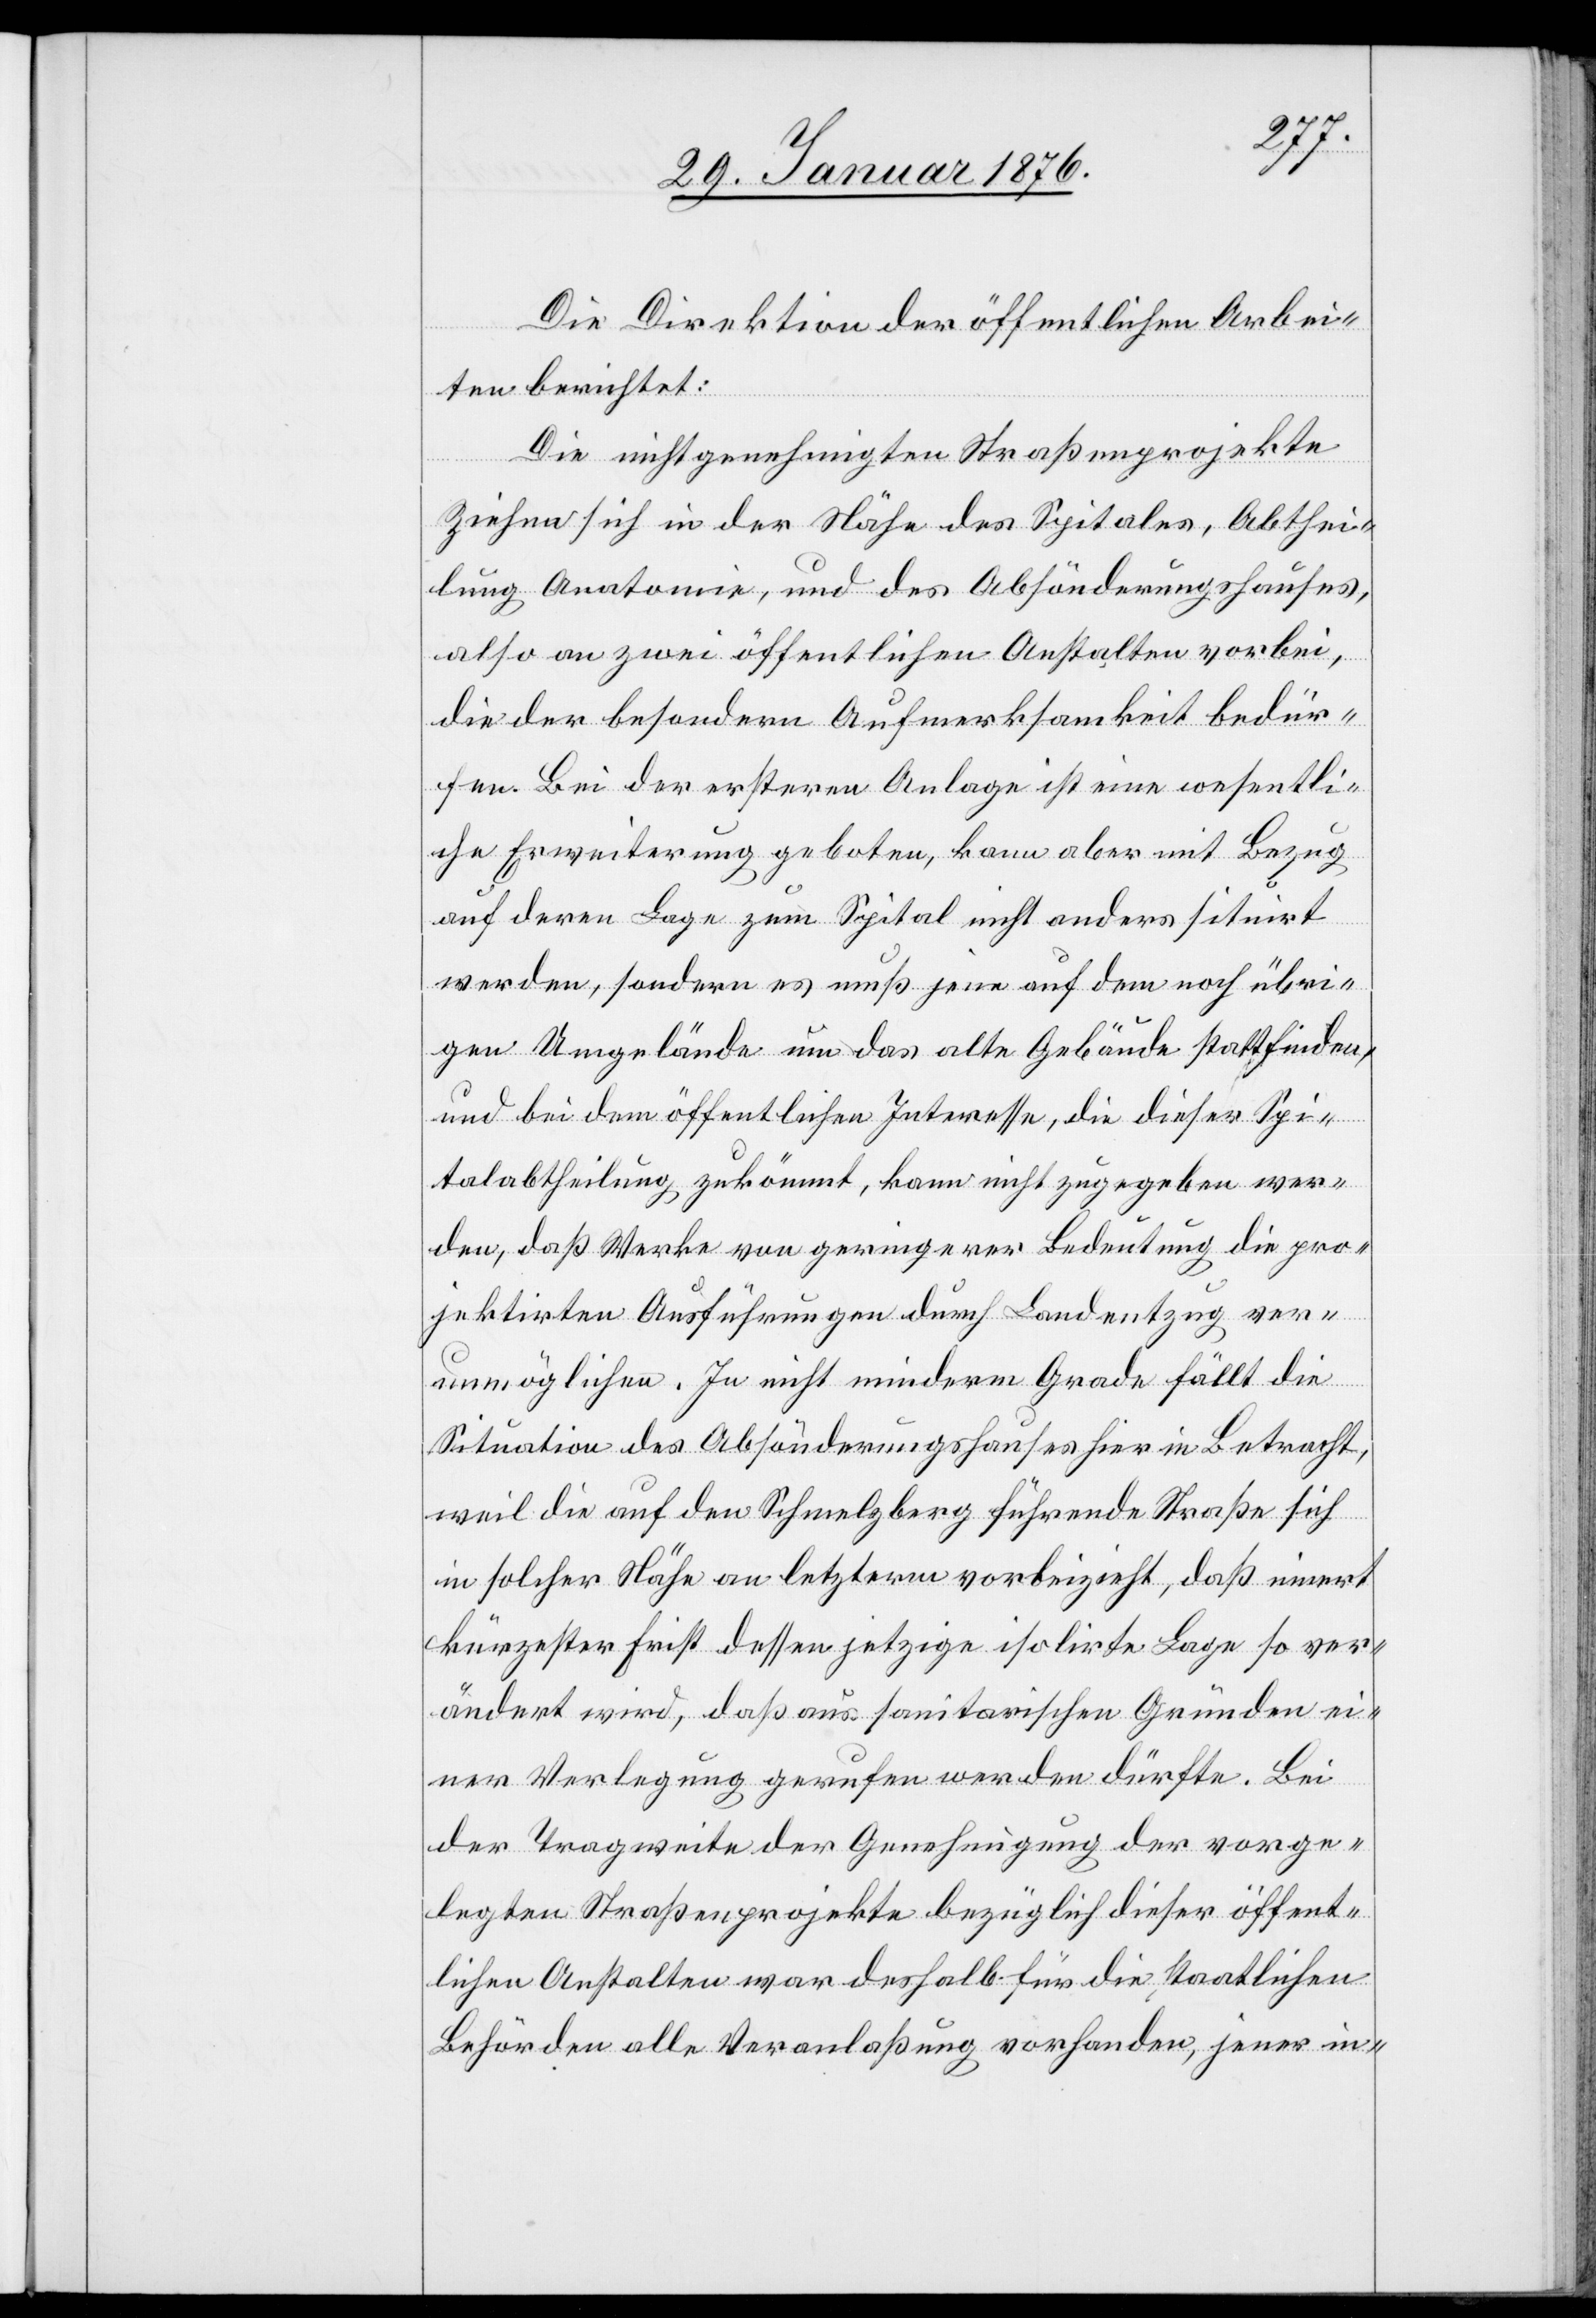
Die Direktion der öffentlichen Arbei¬
ten berichtet:
Die nichtgenehmigten Straßenprojekte
ziehen sich in der Nähe des Spitales, Abthei¬
lung Anatomie, und des Absönderungshauses,
also an zwei öffentlichen Anstalten vorbei,
die der besondern Aufmerksamkeit bedür¬
fen. Bei der ersteren Anlage ist eine wesentli¬
che Erweiterung geboten, kann aber mit Bezug
auf deren Lage zum Spital nicht anders situirt
werden, sondern es muß jene auf dem noch übri¬
gen Umgelände um das alte Gebäude stattfinden,
und bei dem öffentlichen Interesse, die dieser Spi¬
talabtheilung zukömmt, kann nicht zugegeben wer¬
den, daß Werke von geringerer Bedeutung die pro¬
jektirten Ausführungen durch Landentzug ver¬
unmöglichen. In nicht minderm Grade fällt die
Situation des Absönderungshauses hier in Betracht,
weil die auf den Schmelzberg führende Straße sich
in solcher Nähe an letzterm vorbeizieht, daß innert
kürzester Frist dessen jetzige isolirte Lage so ver¬
ändert wird, daß aus sanitarischen Gründen ei¬
ner Verlegung gerufen werden dürfte. Bei
der Tragweite der Genehmigung der vorge¬
legten Straßenprojekte bezüglich dieser öffent¬
lichen Anstalten war deshalb für die staatlichen
Behörden alle Veranlaßung vorhanden, jener in-